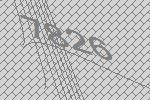
7826